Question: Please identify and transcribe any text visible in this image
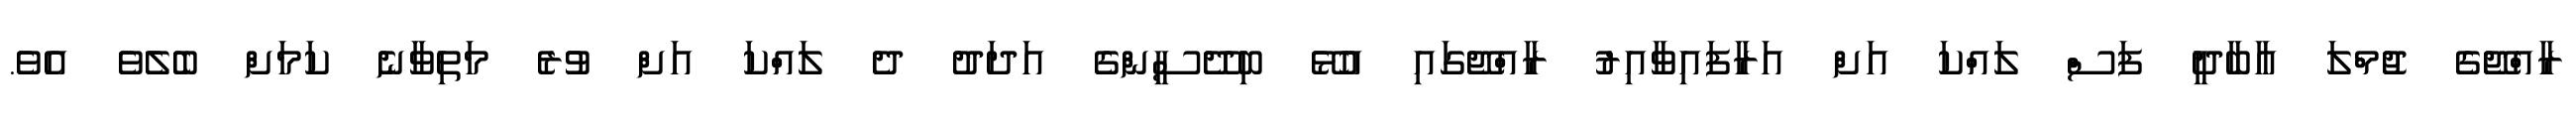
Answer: ރާއްޖޭގެ ޖުމްލަ އާބާދީ ފަސް ލައްކަ އަށް އަރާފައިވާއިރު ރާއްޖޭގައި އުޅޭ ބިދޭސީންގެ އަދަދު ދެ ލައްކަ އަށް ވުރެ މަތިވާނެ ކަމަށް ބެލެވެ އެވެ.